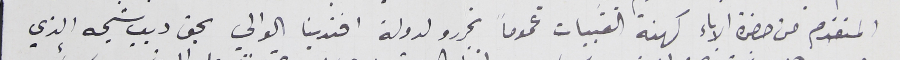
المتقدم من حضرة الاباء كهنة القبيات عموماً تحررو لدولة افندينا الوالي بحق ديب شيحه الذي